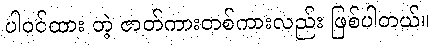
ပါဝင်ထား တဲ့ ဇာတ်ကားတစ်ကားလည်း ဖြစ်ပါတယ်။